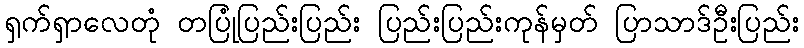
ရှက်ရှာလေတုံ တပြုံပြည်းပြည်း ပြည်းပြည်းကုန်မှတ် ပြာသာဒ်ဦးပြည်း